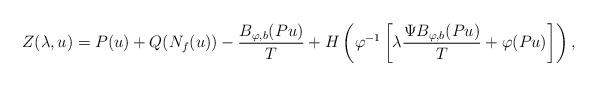
LaTeX: \begin{align*} Z(\lambda,u)=P(u)+Q(N_{f}(u)) -\frac{B_{\varphi,b}(Pu)}{T} + H\left(\varphi^{-1} \left[\lambda \frac{\Psi B_{\varphi,b}(Pu)}{T}+\varphi(Pu)\right]\right),\end{align*}